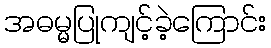
အဓမ္မပြုကျင့်ခဲ့ကြောင်း